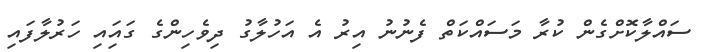
ސައްލާކޮށްގެން ކުރާ މަސައްކަތް ފެނުނު އިރު އެ އަހުލާގު ދިވެހިންގެ ގައިައި ހަރުލާފައި